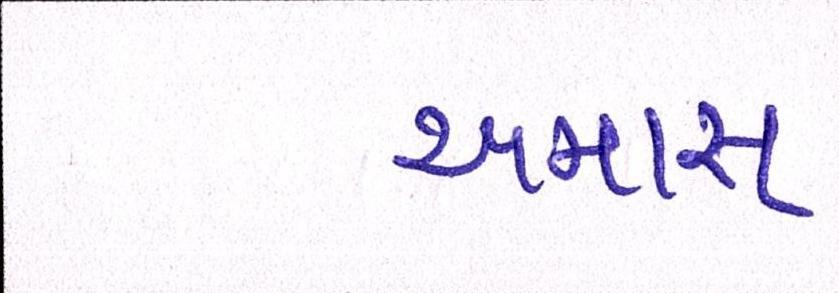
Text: અમારા